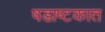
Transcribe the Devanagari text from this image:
षडाष्टकात